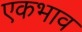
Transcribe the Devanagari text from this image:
एकभाव